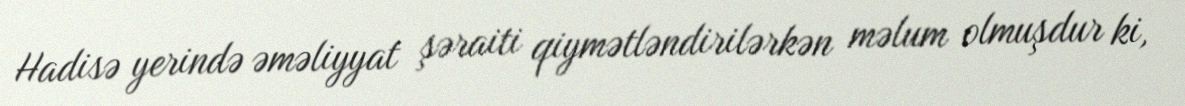
Hadisə yerində əməliyyat şəraiti qiymətləndirilərkən məlum olmuşdur ki,